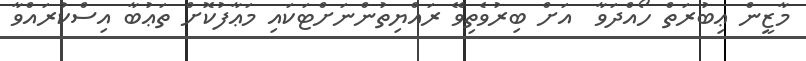
މާޒީން ޢިބުރަތް ހޯއްދަވާ  އަށް ބިރުވެތިވޭ ރައްޔިތުންނަށްޓަކައި މަޢާފުކޮށް ތަޢުބާ އިސްކުރައްވާ